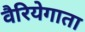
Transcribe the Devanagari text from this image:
वैरियेगाता